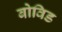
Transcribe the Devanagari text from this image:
बोविड